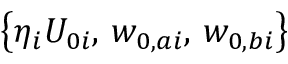
\left\{ \eta _ { i } U _ { 0 i } , \, w _ { 0 , a i } , \, w _ { 0 , b i } \right\}